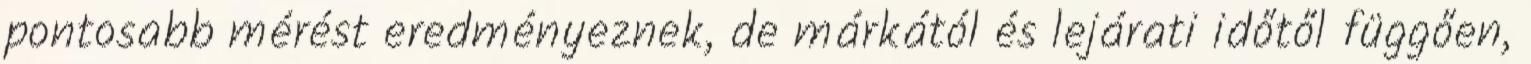
pontosabb mérést eredményeznek, de márkától és lejárati időtől függően,